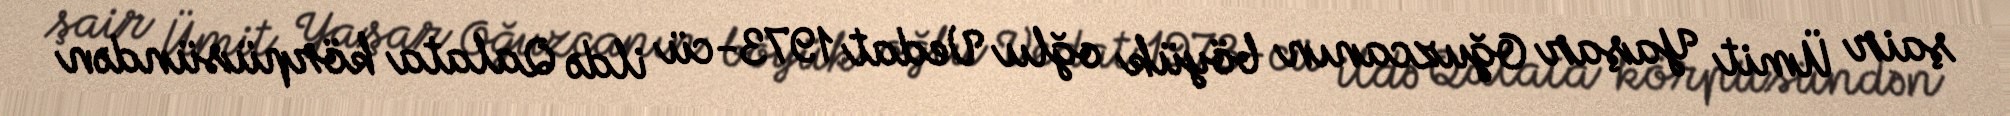
şair Ümit Yaşar Oğuzcanın böyük oğlu Vedat 1973-cü ildə Qalata körpüsündən